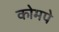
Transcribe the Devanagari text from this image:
कोमपे